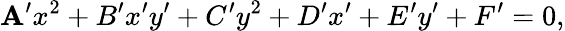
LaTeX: \mathbf{A}^{\prime}x^{2}+B^{\prime}x^{\prime}y^{\prime}+C^{\prime}y^{2}+D^{\prime}x^{\prime}+E^{\prime}y^{\prime}+F^{\prime}=0,